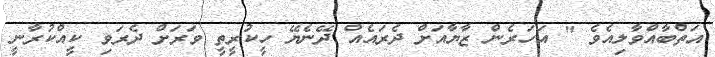
އަތްބާއްވާލިއެވެ " އަހަރެން ޒާޔާއަށް ދެރައެއް ދޭނެޔޭ ހީކުރީތީ ވަރަށް ދެރަވި ކީއްކުރާނީ